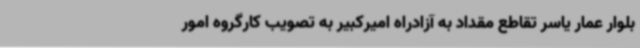
بلوار عمار یاسر تقاطع مقداد به آزادراه امیرکبیر به تصویب کارگروه امور